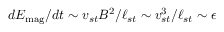
d E _ { \mathrm { m a g } } / d t \sim v _ { s t } B ^ { 2 } / \ell _ { s t } \sim v _ { s t } ^ { 3 } / \ell _ { s t } \sim \epsilon